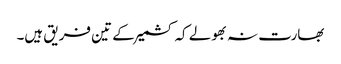
بھارت نہ بھولے کہ کشمیر کے تین فریق ہیں۔